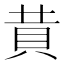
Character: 𧴹